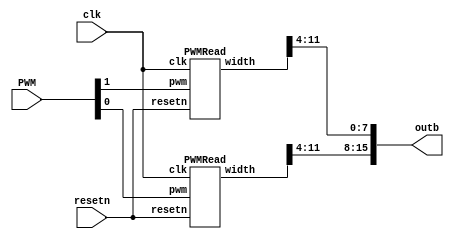
`timescale 1ns / 1ns 

module PWM_trans(
	input clk,
	input resetn,
	input [1:0] PWM,
	output [15:0] outb
	);
	
	wire [11:0] Pout;
	wire [11:0] Yout;
	
//	assign PO = Pout[11:4];
//	assign YO = Yout[11:4];
	
	
//	wire [7:0] Pdis, Ydis;
	
//	assign Pdis = Pout / 16;
//	assign Ydis = Yout / 16;
	
	assign outb = {Yout[11:4], Pout[11:4]};
	
	PWMRead readP(
				.resetn(resetn),
				.clk(clk),
				.pwm(PWM[1]),
				.width(Pout));
				
	PWMRead readY(
				.resetn(resetn),
				.clk(clk),
				.pwm(PWM[0]),
				.width(Yout));
				
				
endmodule



module PWMRead(
	input resetn,
	input clk,
	input pwm,
	output [11:0] width); //width in unit of us witch is 0.001 ms
	
	reg [1:0] current;
	reg [1:0] next;
	reg clear;
	reg [18:0] counter = 19'd0;
	reg [18:0] clkwidth;
	
	
	localparam reset  = 2'd0,
			   count  = 2'd1,
			   outing = 2'd2;
			   
	always@(posedge clk)
	begin
			if (resetn == 1'b0)
				current <= reset;
			else 
				current <= next;
	end
	
	always@(posedge clk)
	begin
			if(clear == 1'b1) counter <= 19'd0;
			
			else counter <= counter + 1'b1;
	end
	
	always@(*)
	begin
			case(current)
				reset: next = (pwm) ? count : reset;
				
				count: next = (pwm) ? count : outing;
				
				outing: next = reset;
				
				default: next = reset;
			endcase
	end
	
	always@(*)
	begin
			case(current)
				reset: clear = 1'b1;
				
				count: clear = 1'b0;
				
				outing: clkwidth = counter;
				
				default: clear = 1'b0;
			endcase
	end
	
	
	assign width = clkwidth / 50;
	
endmodule